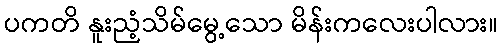
ပကတိ နူးညံ့သိမ်မွေ့သော မိန်းကလေးပါလား။